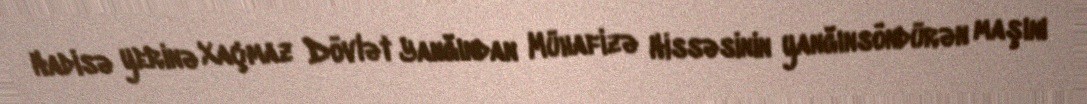
Hadisə yerinə Xaçmaz Dövlət Yanğından Mühafizə Hissəsinin yanğınsöndürən maşını